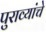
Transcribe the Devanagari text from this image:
पुराव्यांचे